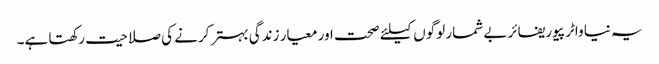
یہ نیا واٹر پیوریفائر بے شمار لوگوں کیلئے صحت اور معیار زندگی بہتر کرنے کی صلاحیت رکھتا ہے۔